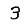
Digit: 3